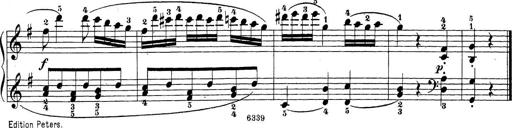
Title: Sonatina Album
Composer: Louis KÃ¶hler